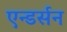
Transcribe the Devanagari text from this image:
एन्डर्सन